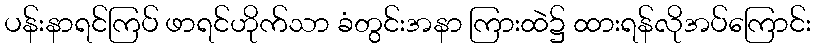
ပန်းနာရင်ကြပ် ဖာရင်ဟိုက်သာ ခံတွင်းအနာ ကြားထဲ၌ ထားရန်လိုအပ်ကြောင်း